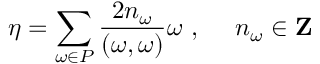
\eta = \sum _ { \omega \in P } \frac { 2 n _ { \omega } } { ( \omega , \omega ) } \omega \ , \ \ \ \ n _ { \omega } \in { \bf Z }